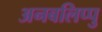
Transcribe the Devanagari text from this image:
अनबलिप्पु